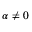
\alpha \neq 0